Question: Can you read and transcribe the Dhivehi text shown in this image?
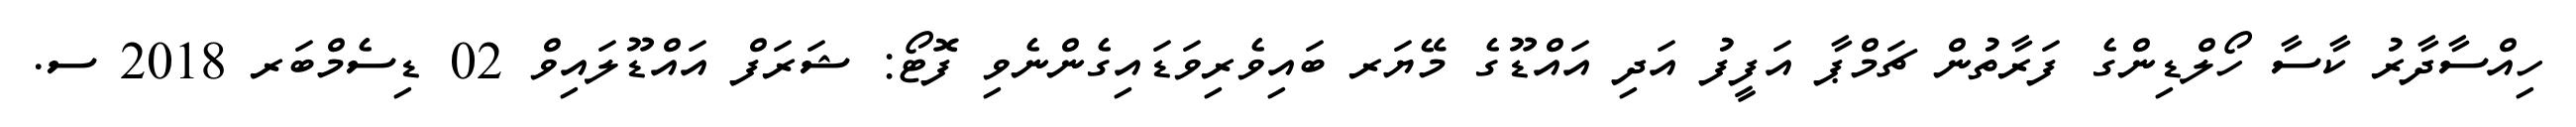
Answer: ހިއްސާދާރު ކާސާ ހޯލްޑިންގެ ފަރާތުން ޗަމްޕާ އަފީފު އަދި އައްޑޫގެ މޭޔަރ ބައިވެރިވަޑައިގެންނެވި ފޮޓޯ: ޝަރަފް އައްޑޫލައިވް 02 ޑިސެމްބަރ 2018 ސ.